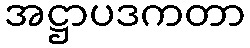
အဋ္ဌာပဒကတာ